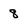
Character: 8